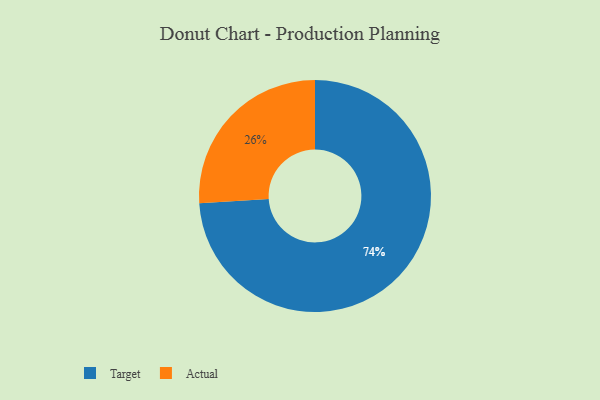
{"axis": {"x": "Category", "y": "Percentage"}, "legend": ["Actual", "Target"], "data": [{"x": "Target", "y": 74, "type": "Target"}, {"x": "Actual", "y": 26, "type": "Actual"}]}